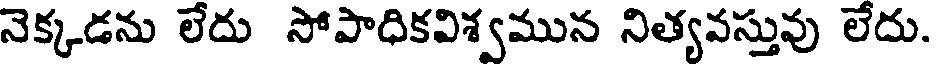
నెక్కడను లేదు సోపాధికవిశ్వమున నిత్యవస్తువు లేదు.